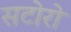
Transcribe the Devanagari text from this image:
सटोरो